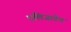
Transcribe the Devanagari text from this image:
एलिजावेथ